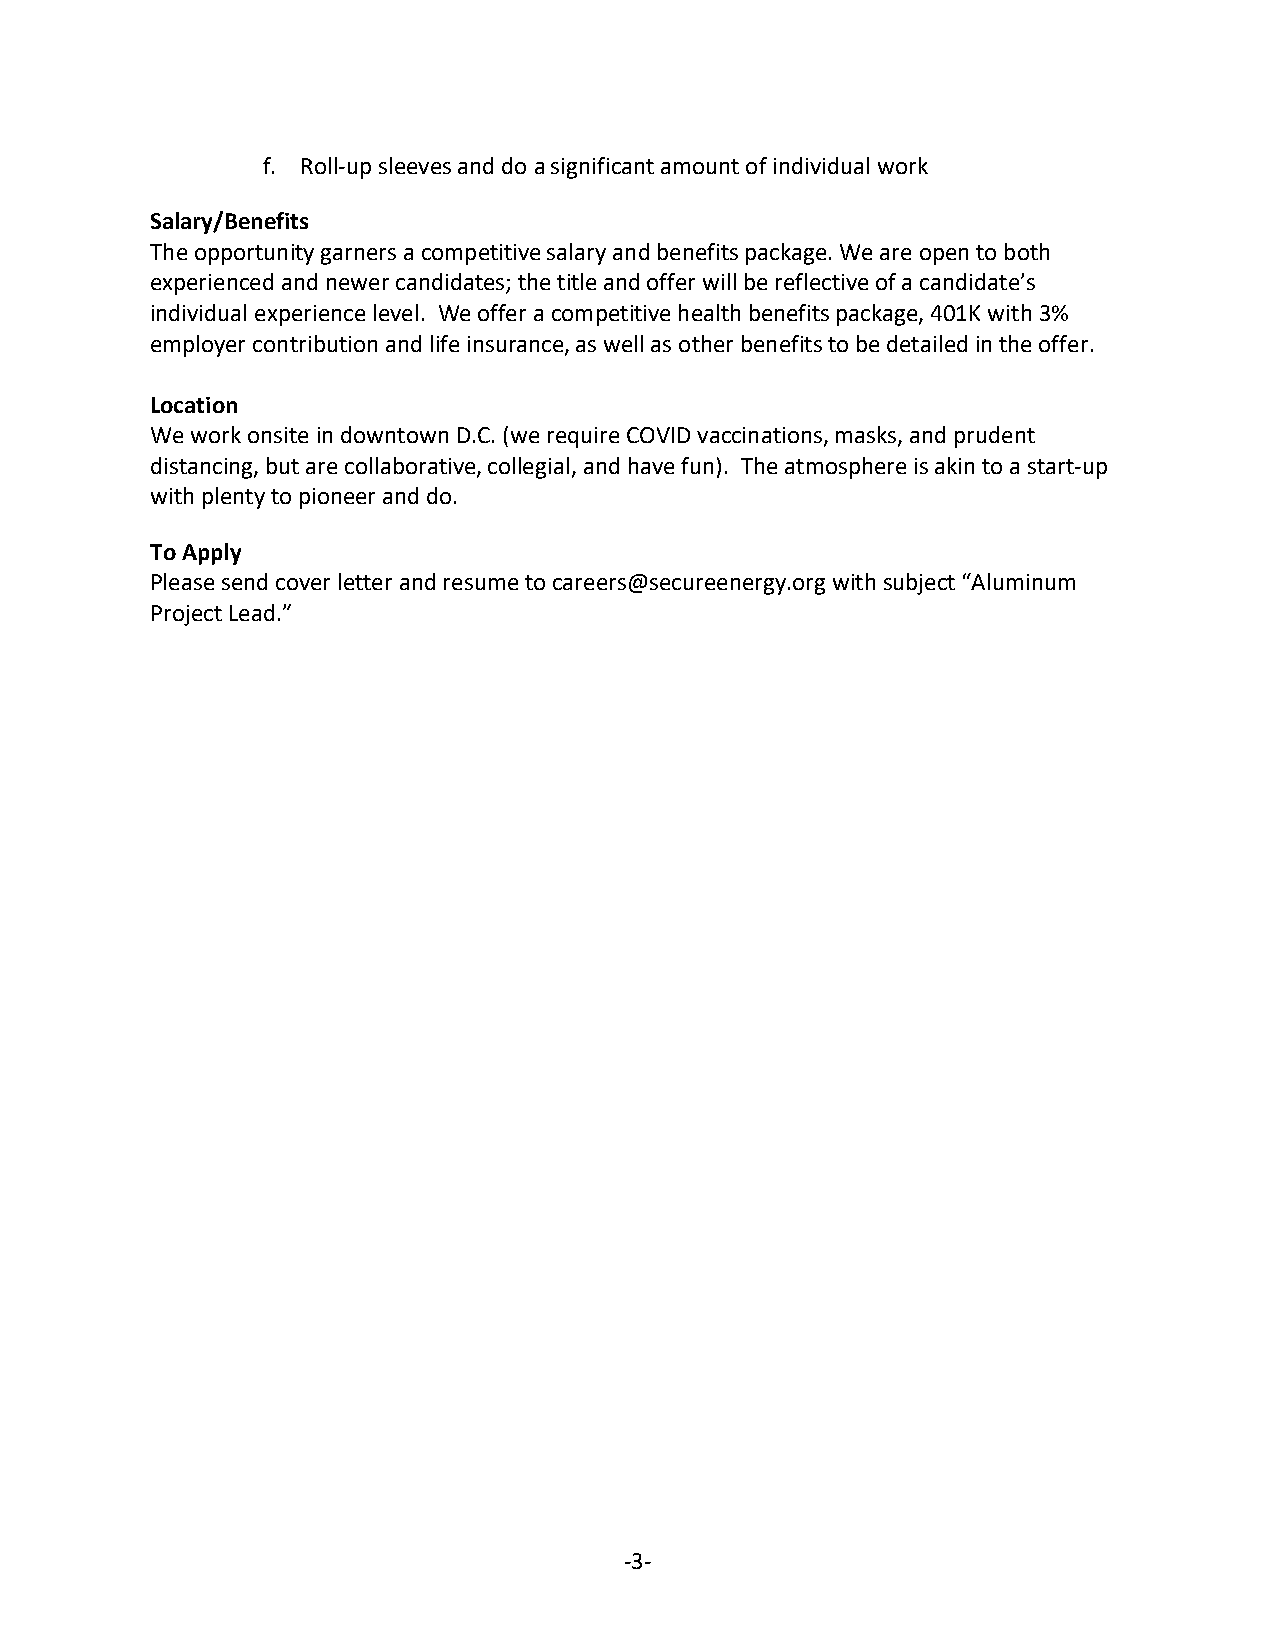
f. Roll-up sleeves and do a significant amount of individual work
 Salary/Benefits
 The opportunity garners a competitive salary and benefits package. We are open to both
 experienced and newer candidates; the title and offer will be reflective of a candidate’s
 individual experience level. We offer a competitive health benefits package, 401K with 3%
 employer contribution and life insurance, as well as other benefits to be detailed in the offer.
 Location
 We work onsite in downtown D.C. (we require COVID vaccinations, masks, and prudent
 distancing, but are collaborative, collegial, and have fun). The atmosphere is akin to a start-up
 with plenty to pioneer and do.
 To Apply
 Please send cover letter and resume to careers@secureenergy.org with subject “Aluminum
 Project Lead.”
 -3-